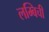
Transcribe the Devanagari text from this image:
लम्बिची